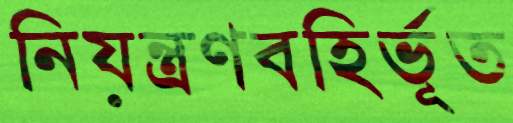
নিয়ন্ত্রণবহির্ভূত